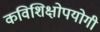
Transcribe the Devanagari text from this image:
कविशिक्षोपयोगी